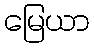
မြေယာ